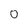
Character: 0